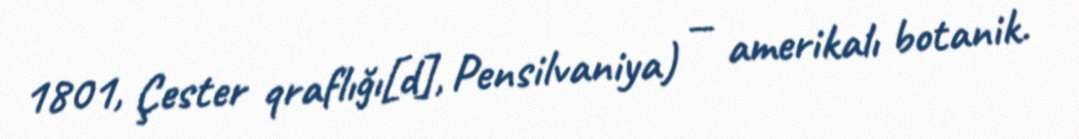
1801, Çester qraflığı[d], Pensilvaniya) — amerikalı botanik.